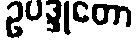
ဥပဒ္ဒုတော